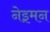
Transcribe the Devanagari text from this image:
नेइमन